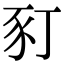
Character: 𧰩